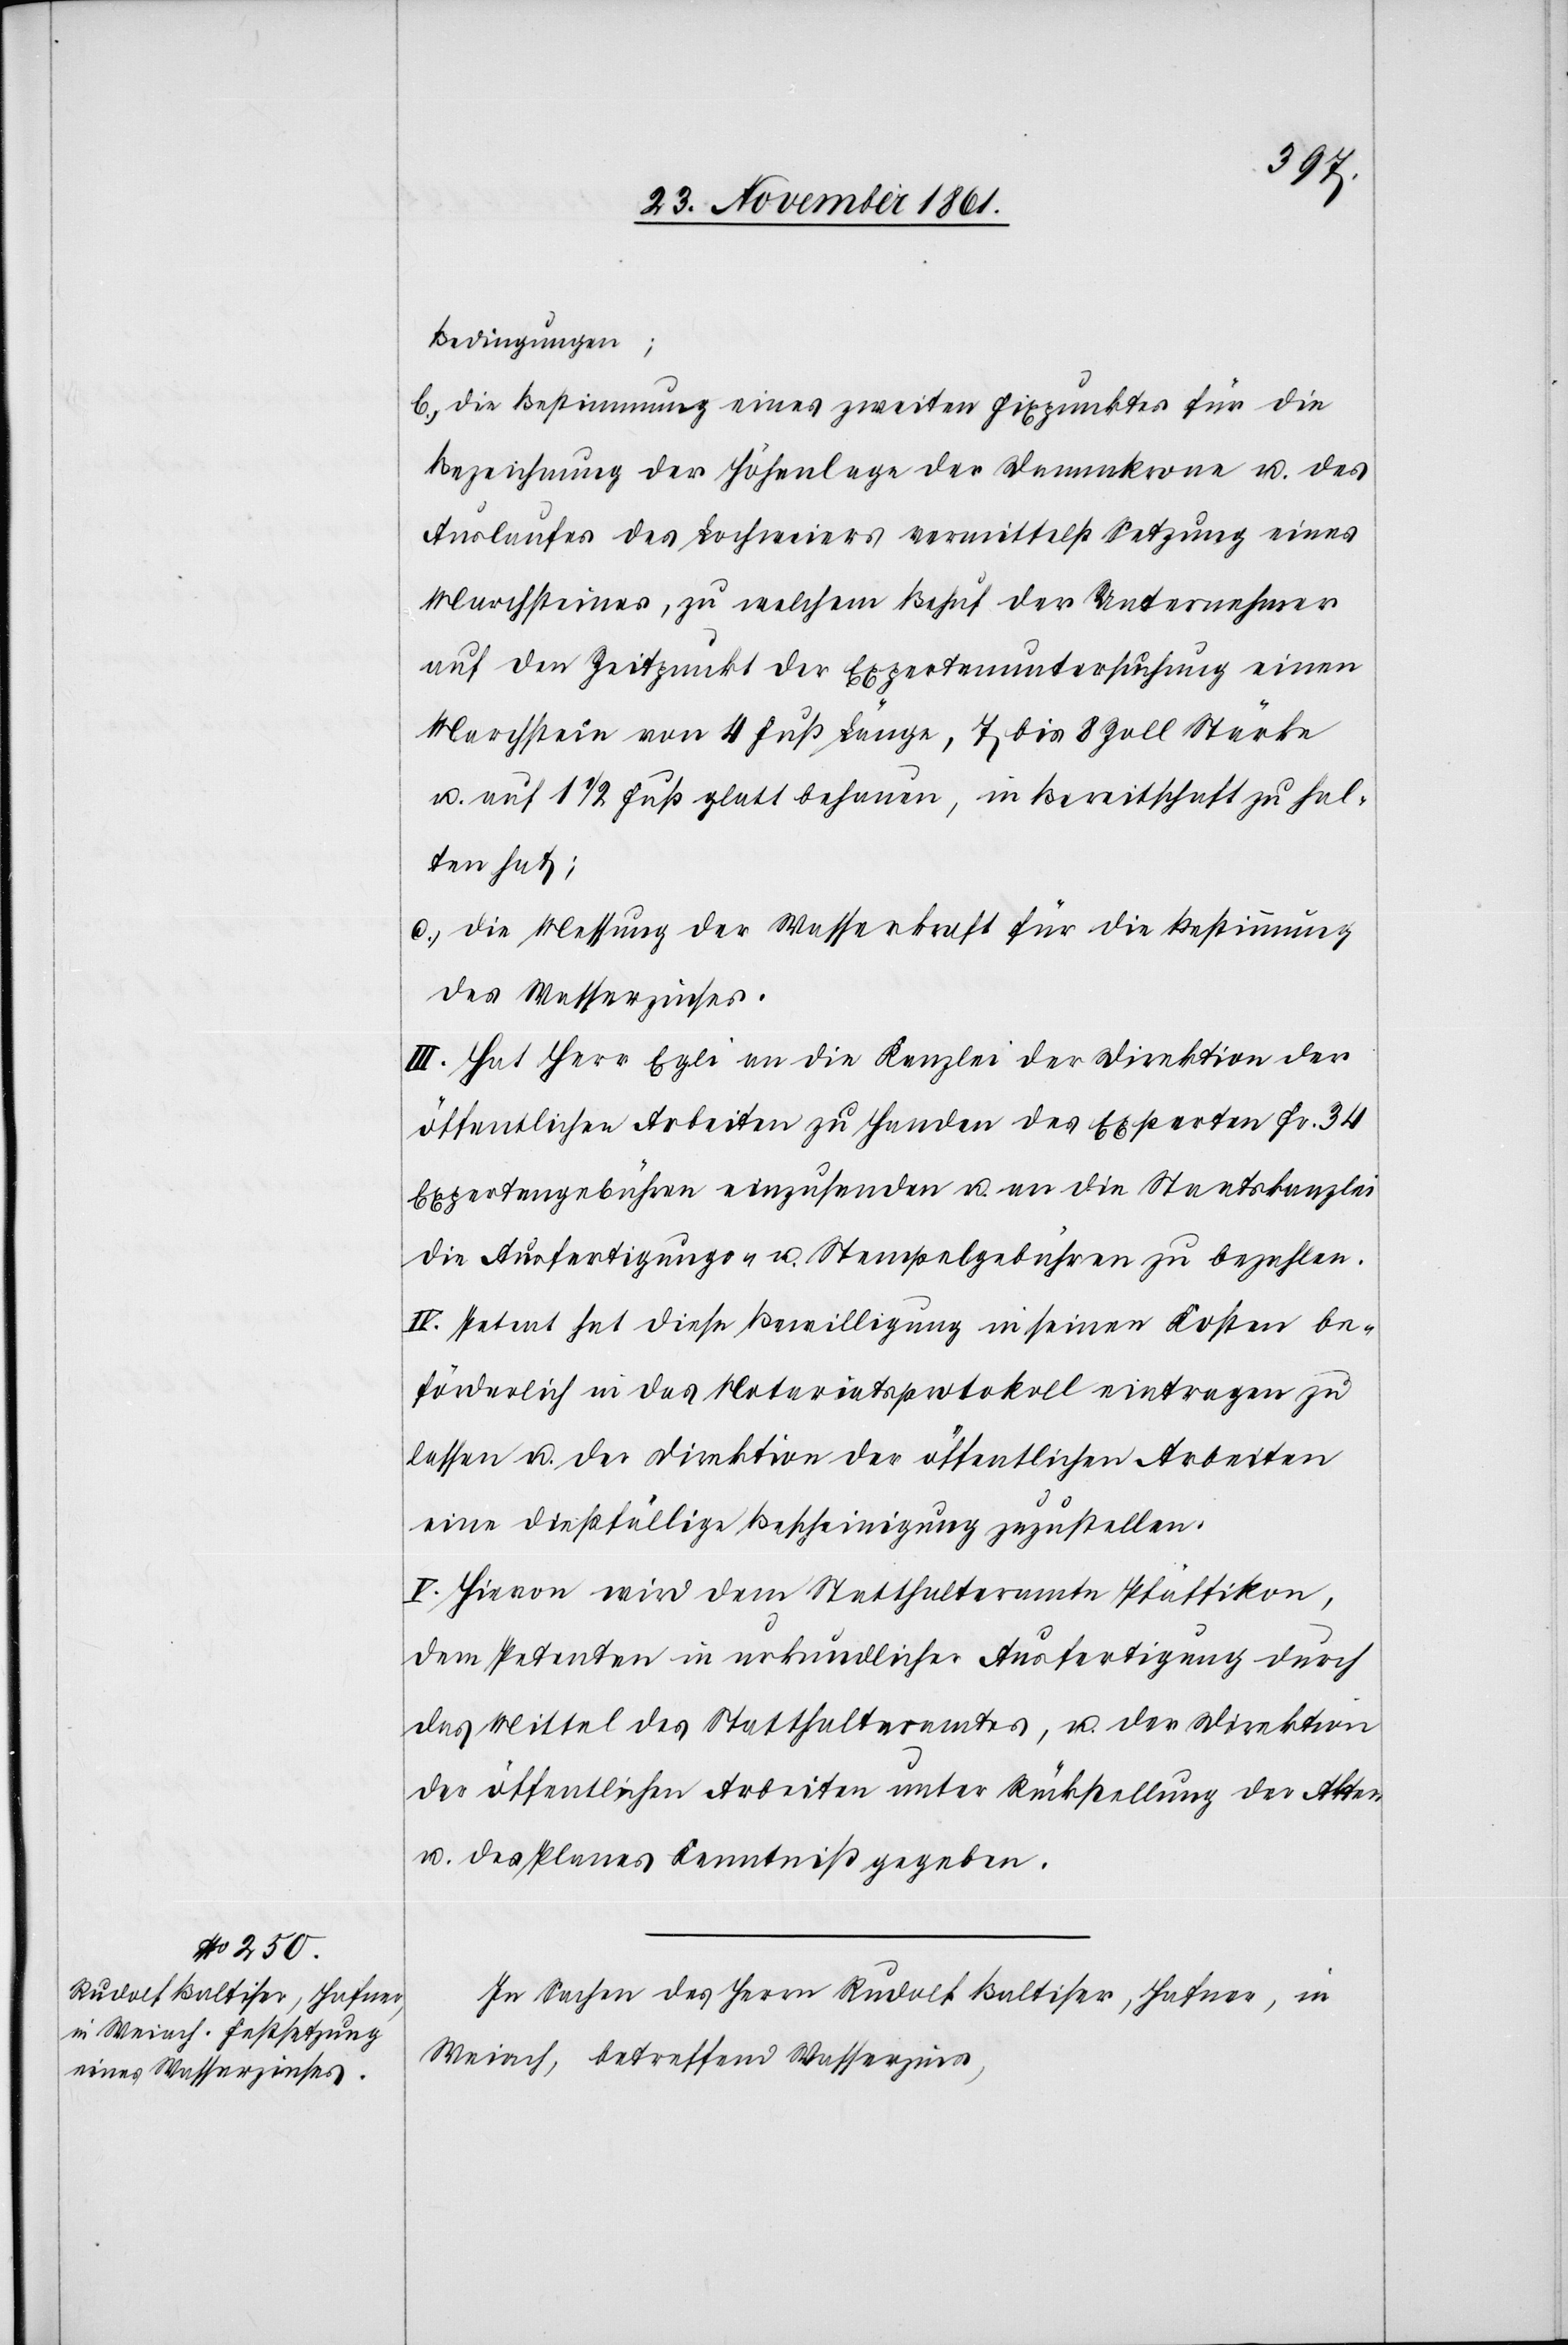
Bedingungen;
b.) Die Bestimmung eines zweiten Fixpunktes für die
Bezeichnung der Höhenlage der Dammkrone u. des
Auslaufes des Lochweiers vermittelst Setzung eines
Marchsteines, zu welchem Behuf der Unternehmer
auf den Zeitpunkt der Expertenuntersuchung einen
Marchstein von 4 Fuß Länge, 7 bis 8 Zoll Stärke
u. auf 1 1/2 Fuß glatt behauen, in Bereitschaft zu hal¬
ten hat;
c.) Die Messung der Wasserkraft für die Bestimmung
des Wasserzinses.
III. Hat Herr Egli an die Kanzlei der Direktion der
öffentlichen Arbeiten zu Handen des Experten Fr. 34
Expertengebühren einzusenden u. an die Staatskanzlei
die Ausfertigungs- u. Stempelgebühren zu bezahlen.
IV. Petent hat diese Bewilligung in seinen Kosten be¬
förderlich in das Notariatsprotokoll eintragen zu
lassen u. der Direktion der öffentlichen Arbeiten
eine dießfällige Bescheinigung zuzustellen.
V. Hievon wird dem Statthalteramte Pfäffikon,
dem Petenten in urkundlicher Ausfertigung durch
das Mittel des Statthalteramtes, u. der Direktion
der öffentlichen Arbeiten unter Rückstellung der Akten
u. des Planes Kenntniß gegeben.
In Sachen des Herrn Rudolf Baltiser, Hafner, in
Weiach, betreffend Wasserzins,